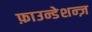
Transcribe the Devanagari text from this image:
फ़ाउन्डेशन्ज़